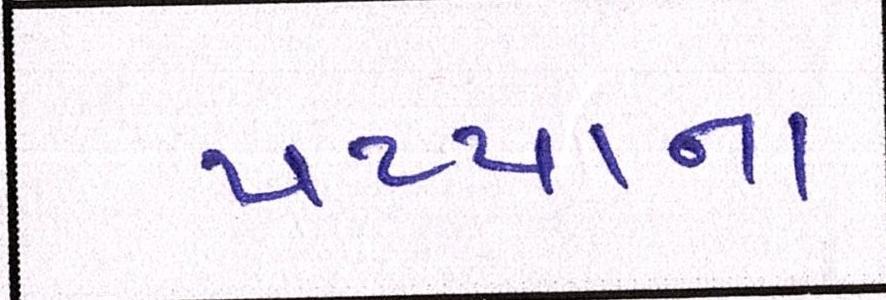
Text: પપ્પાના